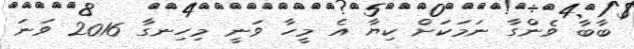
ބާބާ ވެންގާ ނަމަކަށް ކިޔާ އެ މީހާ ވަނީ މިހިނގާ 2016 ވަނަ